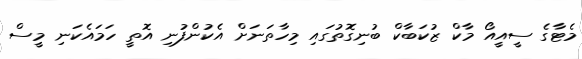
މެޓާގެ ސީއީއޯ މާކް ޒުކަބާކް ބުނިގޮތުގައި މިހާތަނަށް އެކުންފުނި އޮތީ ހަމައެކަނި މީސް